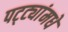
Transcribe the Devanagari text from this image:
पट्ट्यांमधे